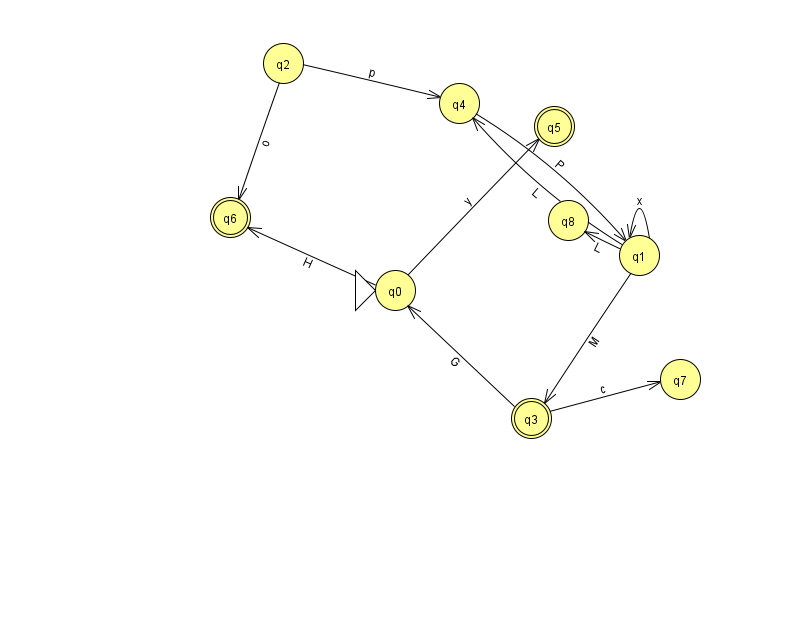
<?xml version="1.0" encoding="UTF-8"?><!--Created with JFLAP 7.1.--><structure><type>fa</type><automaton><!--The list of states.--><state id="0" name="q0"><x>395.0</x><y>277.0</y><initial/></state><state id="1" name="q1"><x>639.0</x><y>242.0</y></state><state id="2" name="q2"><x>283.0</x><y>50.0</y></state><state id="3" name="q3"><x>531.0</x><y>405.0</y><final/></state><state id="4" name="q4"><x>459.0</x><y>90.0</y></state><state id="5" name="q5"><x>554.0</x><y>113.0</y><final/></state><state id="6" name="q6"><x>230.0</x><y>204.0</y><final/></state><state id="7" name="q7"><x>680.0</x><y>366.0</y></state><state id="8" name="q8"><x>568.0</x><y>207.0</y></state><!--The list of transitions.--><transition><from>1</from><to>3</to><read>M</read></transition><transition><from>3</from><to>7</to><read>c</read></transition><transition><from>3</from><to>0</to><read>G</read></transition><transition><from>2</from><to>4</to><read>p</read></transition><transition><from>0</from><to>5</to><read>y</read></transition><transition><from>0</from><to>6</to><read>H</read></transition><transition><from>4</from><to>1</to><read>P</read></transition><transition><from>1</from><to>1</to><read>x</read></transition><transition><from>1</from><to>8</to><read>L</read></transition><transition><from>2</from><to>6</to><read>o</read></transition><transition><from>1</from><to>4</to><read>L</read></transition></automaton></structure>